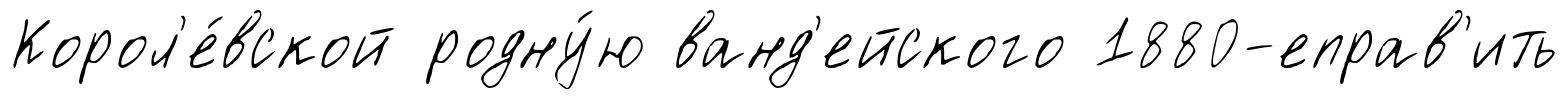
Корол'е́вской родну́ю ванд'ейского 1880-еправ'ить